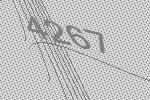
4267